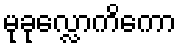
မုခုလ္လောကိကော